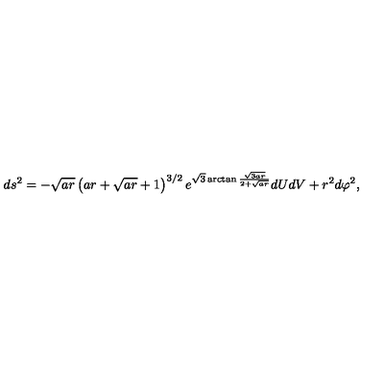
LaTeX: d s ^ { 2 } = - \sqrt { a r } \left( a r + \sqrt { a r } + 1 \right) ^ { 3 / 2 } e ^ { \sqrt { 3 } \arctan \frac { \sqrt { 3 a r } } { 2 + \sqrt { a r } } } d U d V + r ^ { 2 } d \varphi ^ { 2 } ,